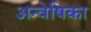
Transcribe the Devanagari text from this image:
अन्वेषिका